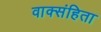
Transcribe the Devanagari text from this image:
वाक्संहिता